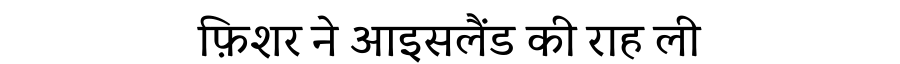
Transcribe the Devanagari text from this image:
फ़िशर ने आइसलैंड की राह ली